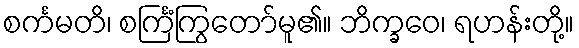
စင်္ကမတိ၊ စင်္ကြံကြွတော်မူ၏။ ဘိက္ခဝေ၊ ရဟန်းတို့။